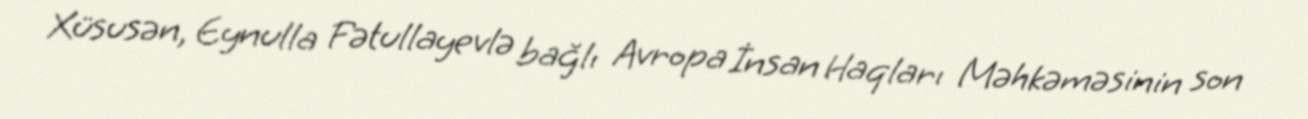
Xüsusən, Eynulla Fətullayevlə bağlı Avropa İnsan Haqları Məhkəməsinin son